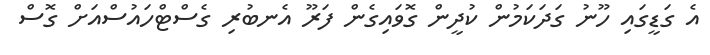
އެ ގަޑީގައި ހޫނު ގަދަކަމުން ކުދީން ގޮވައިގެން ފަރޫ އެނބުރި ގެސްޓްހައުސްއަށް ގޮސް